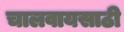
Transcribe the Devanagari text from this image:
चालवायसाठी